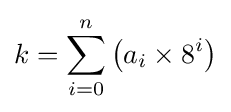
k=\sum _{i=0}^{n}\left(a_{i}\times 8^{i}\right)